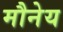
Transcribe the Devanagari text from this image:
मौनेय